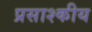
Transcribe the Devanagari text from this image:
प्रसाश्कीय